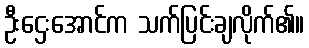
ဦးဌေးအောင်က သက်ပြင်းချလိုက်၏။